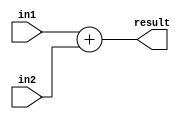
module add (output wire [31:0] result, input [31:0] in1, input [31:0] in2);
	assign result = in1 + in2;
endmodule

module addu (output wire [31:0] result, input [31:0] in1, input [31:0] in2);
	assign result = in1 + in2 ;
endmodule

module sub (output wire [31:0] result, input [31:0] in1, input [31:0] in2);
assign result = in1 - in2;
endmodule

module subu (output wire [31:0] result, input [31:0] in1, input [31:0] in2);
assign result = in1 - in2;
endmodule

module or1 (output wire [31:0] result, input [31:0] in1, input [31:0] in2);
assign result = in1 | in2;
endmodule

module and1 (output wire [31:0] result, input [31:0] in1, input [31:0] in2);
assign result = in1 & in2;
endmodule

module slt (output wire [31:0] result, input [31:0] in1, input [31:0] in2);
assign result = in1 < in2;
endmodule

module sll (output wire [31:0] result, input [31:0] in1, input [4:0] shamt);
assign result = in1 << shamt;
endmodule

module srl (output wire [31:0] result, input [31:0] in1, input [4:0] shamt);
assign result = in1 >> shamt;
endmodule

module equal (output wire result, input [31:0] in1, input [31:0] in2);
assign result = (in1 == in2);
endmodule